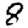
Digit: 8